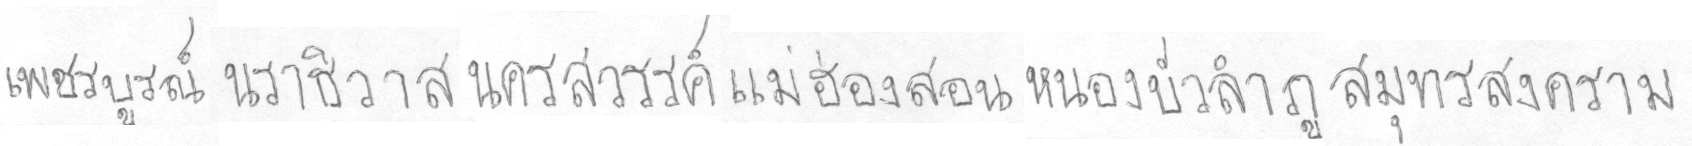
เพชรบรูณ์นราธิวาสนครสววรรค์แม่ฮ่องสอนหนองบัวลำภูสมุทรสงคราม